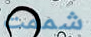
شممت